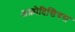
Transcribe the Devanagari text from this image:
अफ्रोदिसियस